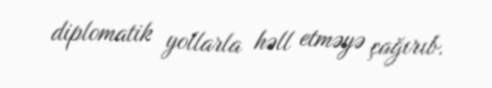
diplomatik yollarla həll etməyə çağırıb.